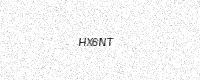
Text: HX6NT